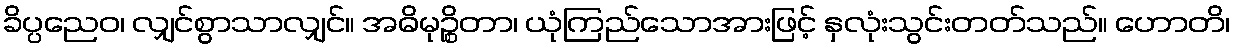
ခိပ္ပညေဝ၊ လျှင်စွာသာလျှင်။ အဓိမုဉ္စိတာ၊ ယုံကြည်သောအားဖြင့် နှလုံးသွင်းတတ်သည်။ ဟောတိ၊